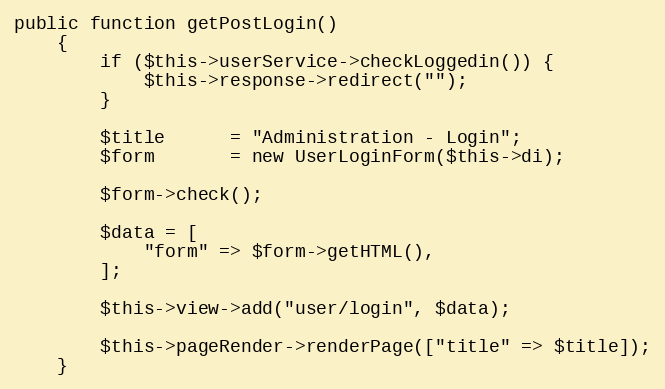
Language: PHP
public function getPostLogin()
    {
        if ($this->userService->checkLoggedin()) {
            $this->response->redirect("");
        }

        $title      = "Administration - Login";
        $form       = new UserLoginForm($this->di);

        $form->check();

        $data = [
            "form" => $form->getHTML(),
        ];

        $this->view->add("user/login", $data);

        $this->pageRender->renderPage(["title" => $title]);
    }